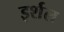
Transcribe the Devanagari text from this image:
इर्शल